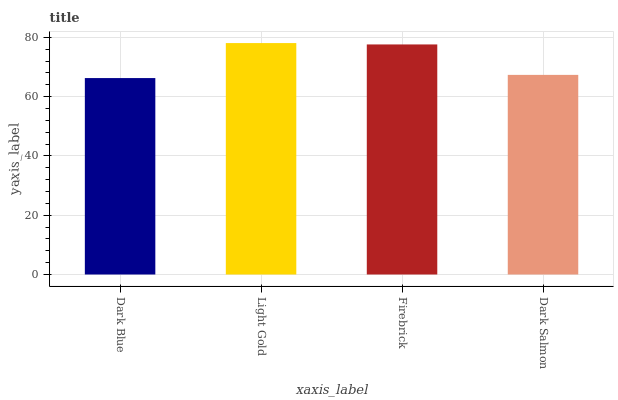
| xaxis_label | bars |
 | --- | --- |
 | Dark Blue | 66.3 |
 | Light Gold | 78.1 |
 | Firebrick | 77.6 |
 | Dark Salmon | 67.3 |